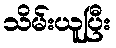
သိမ်းယူပြီး